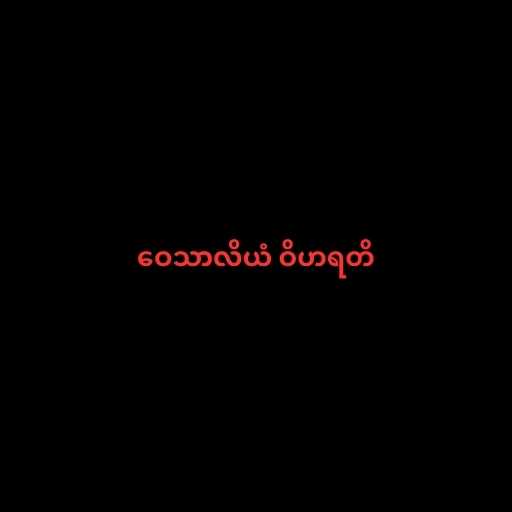
ဝေသာလိယံ ဝိဟရတိ